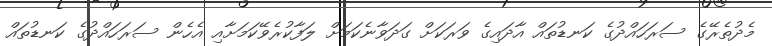
މެދުތެރޭގެ ސަރަހައްދުގެ ކަނޑުތައް އާދައިގެ ވަރަކަށް ގަދަވާނެކަމަށް ލަފާކުރެވޭކަމަށާއި އެހެން ސަރަހައްދުގެ ކަނޑުތައް